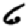
Digit: 6